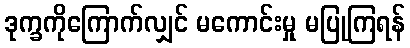
ဒုက္ခကိုကြောက်လျှင် မကောင်းမှု မပြုကြရန်